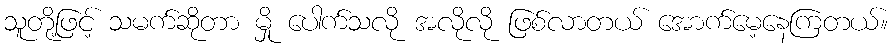
သူတို့ဖြင့် သမက်ဆိုတာ မှို ပေါက်သလို အလိုလို ဖြစ်လာတယ် အောက်မေ့နေကြတယ်။